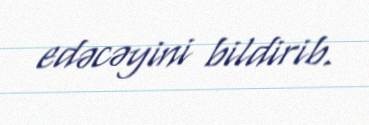
edəcəyini bildirib.